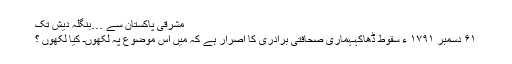
مشرقی پاکستان سے …بنگلہ دیش تک
۶۱ دسمبر ۱۷۹۱ ء سقوط ڈھاکہـہماری صحافتی برادری کا اصرار ہے کہ میں اس موضوع پہ لکھوںـ کیا لکھوں ؟